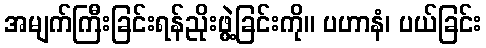
အမျက်ကြီးခြင်းရန်ညိုးဖွဲ့ခြင်းကို။ ပဟာနံ၊ ပယ်ခြင်း